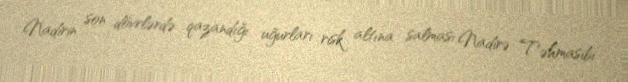
Nadirin son dövrlərdə qazandığı uğurları risk altına salması Nadirə Təhmasibi